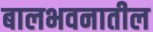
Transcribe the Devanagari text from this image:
बालभवनातील